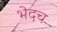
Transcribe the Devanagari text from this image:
भेदच